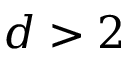
d > 2